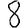
Digit: 8